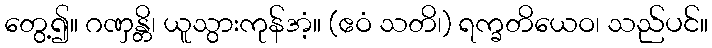
တွေ့၍။ ဂဏှန္တိ၊ ယူသွားကုန်အံ့။ (ဧဝံ သတိ၊) ရက္ခတိယေဝ၊ သည်ပင်။